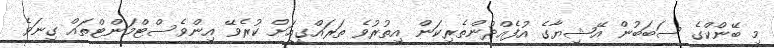
މި ބޭންކްގެ ސަބަބުން އޭޝިޔާގެ އުފެއްދުންތެރިކަން އިތުރުވެ ތަރައްގީއަށް ކުރެވޭ އިންވެސްޓްމަންޓްތައް ގިނަވެ